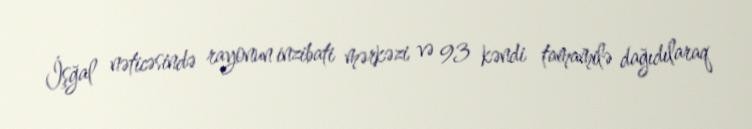
İşğal nəticəsində rayonun inzibati mərkəzi və 93 kəndi tamamilə dağıdılaraq